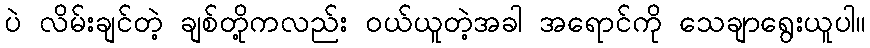
ပဲ လိမ်းချင်တဲ့ ချစ်တို့ကလည်း ဝယ်ယူတဲ့အခါ အရောင်ကို သေချာရွေးယူပါ။